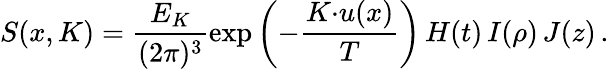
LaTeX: S(x,K)=\frac{E_{K}}{(2\pi)^{3}}\exp\left(-\frac{K{\cdot}u(x)}{T}\right)\, H(t)\, I(\rho)\, J(z)\, .